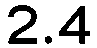
2.4